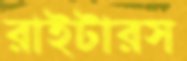
রাইটারস